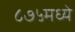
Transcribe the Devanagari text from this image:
८७५मध्ये